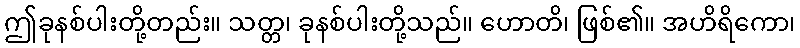
ဤခုနစ်ပါးတို့တည်း။ သတ္တ၊ ခုနစ်ပါးတို့သည်။ ဟောတိ၊ ဖြစ်၏။ အဟိရိကော၊